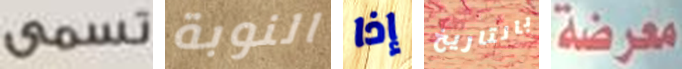
تسمى النوبة إذا بالتاريخ معرضة